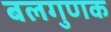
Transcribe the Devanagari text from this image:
बलगुणक